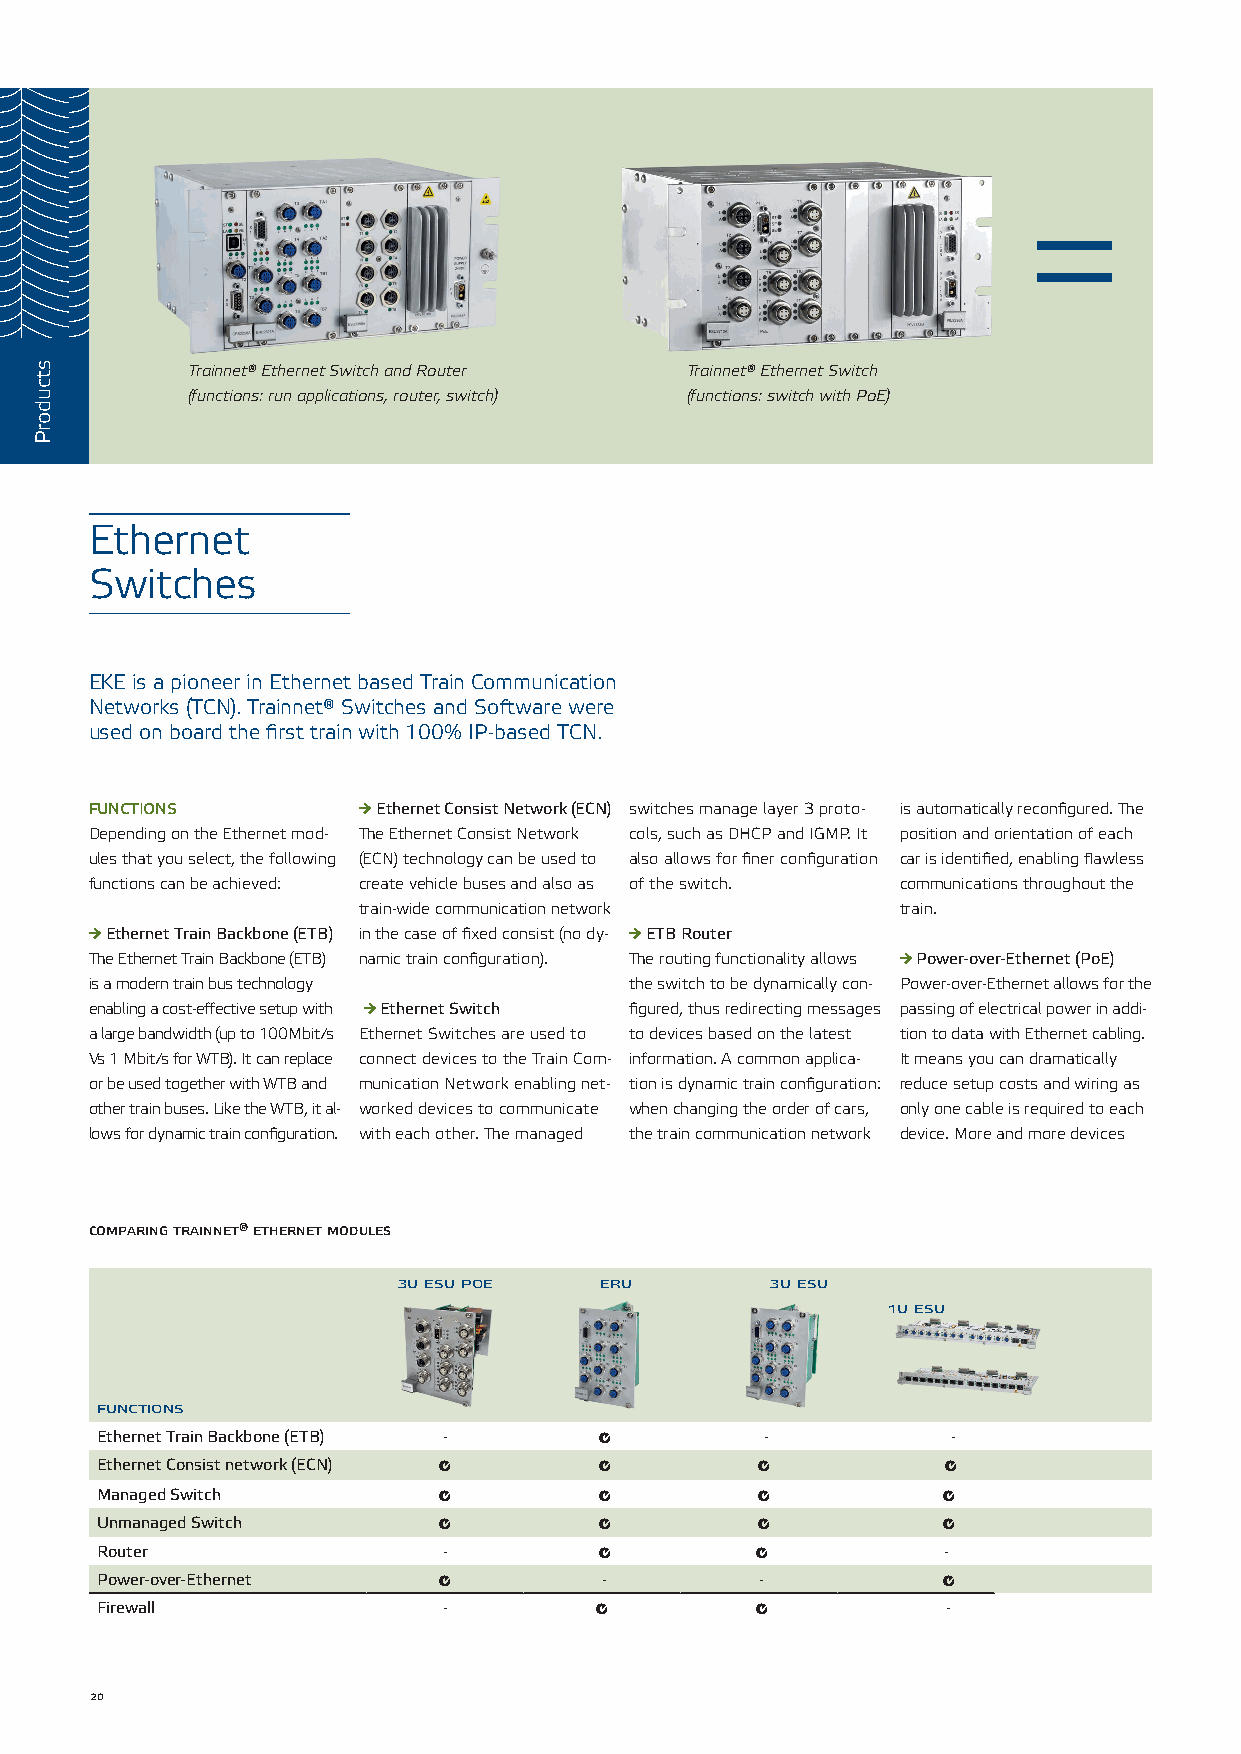
=
 Trainnet® Ethernet Switch and Router Trainnet® Ethernet Switch
 (functions: run applications, router, switch) (functions: switch with PoE)
 Ethernet
 Switches
 EKE is a pioneer in Ethernet based Train Communication
 Networks (TCN). Trainnet® Switches and Software were
 used on board the first train with 100% IP-based TCN.
 functions         → Ethernet Consist Network (ECN) switches manage layer 3 proto- is automatically reconfigured. The
 Depending on the Ethernet mod- The Ethernet Consist Network cols, such as DHCP and IGMP. It position and orientation of each
 ules that you select, the following (ECN) technology can be used to also allows for finer configuration car is identified, enabling flawless
 functions can be achieved: create vehicle buses and also as of the switch. communications throughout the
 train-wide communication network    train.
 → Ethernet Train Backbone (ETB) in the case of fixed consist (no dy- → ETB Router
 The Ethernet Train Backbone (ETB) namic train configuration). The routing functionality allows → Power-over-Ethernet (PoE)
 is a modern train bus technology    the switch to be dynamically con- Power-over-Ethernet allows for the
 enabling a cost-effective setup with → Ethernet Switch figured, thus redirecting messages passing of electrical power in addi-
 a large bandwidth (up to 100Mbit/s Ethernet Switches are used to to devices based on the latest tion to data with Ethernet cabling.
 Vs 1 Mbit/s for WTB). It can replace connect devices to the Train Com- information. A common applica- It means you can dramatically
 or be used together with WTB and munication Network enabling net- tion is dynamic train configuration: reduce setup costs and wiring as
 other train buses. Like the WTB, it al- worked devices to communicate when changing the order of cars, only one cable is required to each
 lows for dynamic train configuration. with each other. The managed the train communication network device. More and more devices
 comparing trainnet® ethernet modules
 3u esu poe    eru        3u esu
 1u esu
 functions
 Ethernet Train Backbone (ETB) -  J           -           -
 Ethernet Consist network (ECN) J J          J           J
 Managed Switch         J         J          J           J
 Unmanaged Switch       J         J          J           J
 Router                 -         J          J           -
 Power-over-Ethernet    J          -         -           J
 Firewall               -         J          J            -
 20
 stcudorP